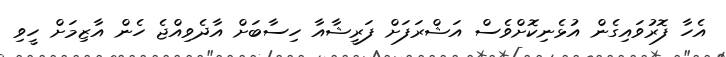
އެހާ ފޮރުވައިގެން އުޅެނިކޮށްވެސް އަޝްރަފަށް ފަރީޝާއާ ހިސާބަށް އާދެވިއްޖެ ހެން އާޒިމަށް ހީވި